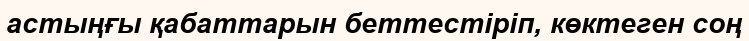
астыңғы қабаттарын беттестіріп, көктеген соң